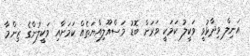
އަނިލް ވިދާޅުވީ ވަކީލު ކަމަކީ ވަރަށް ބޮޑު މަސްއޫލިއްޔަތެއް ކަމަށާއި ވަކީލުންގެ ޒިންމާ